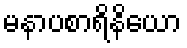
မနာပစာရိနိယော